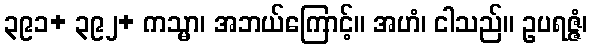
၃၉၁+ ၃၉၂+ ကသ္မာ၊ အဘယ်ကြောင့်။ အဟံ၊ ငါသည်။ ဥပရဇ္ဇံ၊